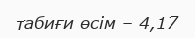
табиғи өсім – 4,17